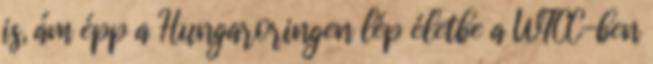
is, ám épp a Hungaroringen lép életbe a WTCC-ben